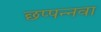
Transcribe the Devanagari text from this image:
छप्पन्नवा